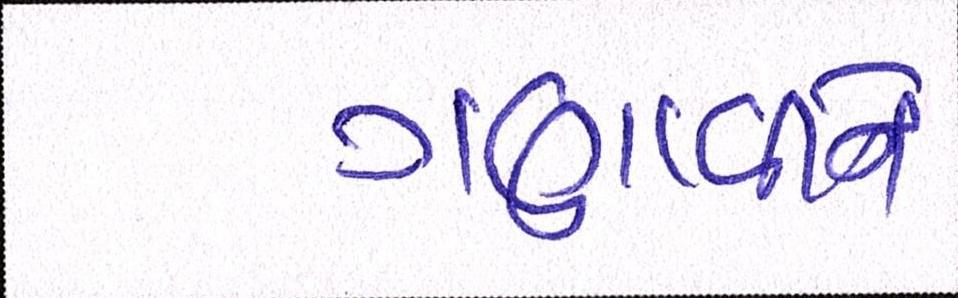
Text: ગણાવીને